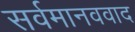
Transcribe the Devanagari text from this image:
सर्वमानववाद